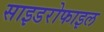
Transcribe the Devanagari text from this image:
साइडरोफाइल